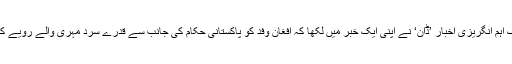
پاکستان کے ایک اہم انگریزی اخبار ’ڈان‘ نے اپنی ایک خبر میں لکھا کہ افغان وفد کو پاکستانی حکام کی جانب سے قدرے سرد مہری والے رویے کا سامنا کرنا پڑا۔